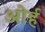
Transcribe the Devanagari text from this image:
ओर्ह